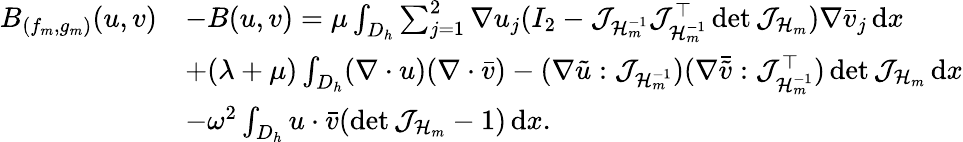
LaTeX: \begin{array}{rl}{B_{(f_{m},g_{m})}(u,v)}&{-B(u,v)=\mu\int_{D_{h}}\sum_{j=1}^{2}\nabla u_{j}(I_{2}-\mathcal{J}_{\mathcal{H}_{m}^{-1}}\mathcal{J}_{\mathcal{H}_{m}^{-1}}^{\top}\operatorname*{det}{\mathcal{J}_{\mathcal{H}_{m}}})\nabla\bar{v}_{j}\, \mathrm{d}x}\\ &{+(\lambda+\mu)\int_{D_{h}}(\nabla\cdot u)(\nabla\cdot\bar{v})-(\nabla\tilde{u}:\mathcal{J}_{\mathcal{H}_{m}^{-1}})(\nabla\bar{\tilde{v}}:\mathcal{J}_{\mathcal{H}_{m}^{-1}}^{\top})\operatorname*{det}{\mathcal{J}_{\mathcal{H}_{m}}}\, \mathrm{d}x}\\ &{-\omega^{2}\int_{D_{h}}u\cdot\bar{v}(\operatorname*{det}{\mathcal{J}_{\mathcal{H}_{m}}}-1)\, \mathrm{d}x.}\end{array}